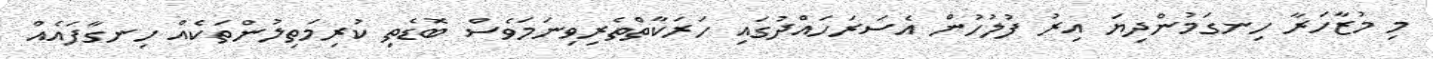
މި މުޒާހަރާ ހިނގަމުންދިޔަ އިރު ފުލުހުން އެސަރަހައްދުގައި ހަރަކާތްތެރިވިނަމަވެސް ބޮޑެތި ކުރިމަތިލުންތަކެއް ހިނގާފައެއް